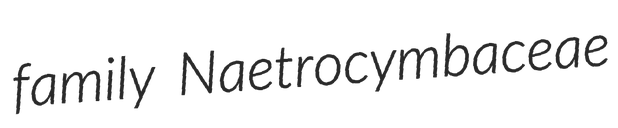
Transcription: family Naetrocymbaceae